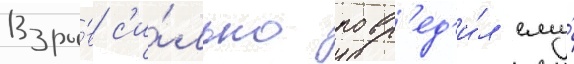
Взры́в с'и́льно повр'ед'и́л ему́